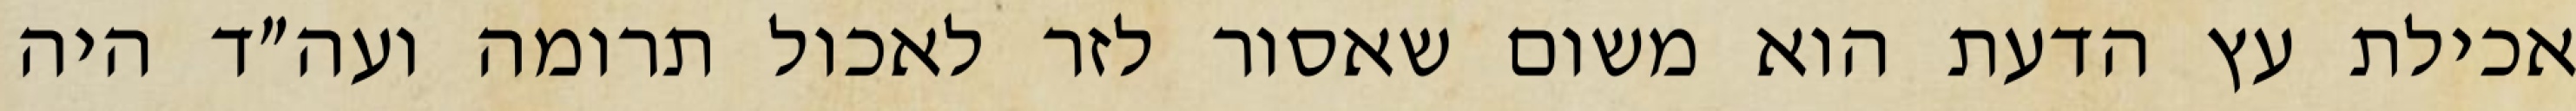
אכילת עץ הדעת הוא משום שאסור לזר לאכול תרומה ועה״ד היה